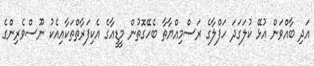
އަދި ބާއްވަން އުޅޭ ކުލަގަދަ ހަފްލާގެ ރަސްމިއްޔާތާ ބެހޭގޮތުން މީޑީއާގެ އެކިފަރާތްތަކާއިއެކު ނޫސްވެރިންގެ